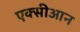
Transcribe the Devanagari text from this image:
एक्सीआन